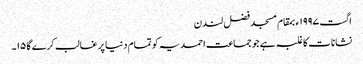
اگست ١٩٩٧ء بمقام مسجد فضل لندن
نشانات کا غلبہ ہے جو جماعت احمدیہ کو تمام دنیا پر غالب کرے گا ١٥۔